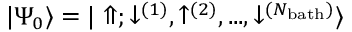
{ | \Psi _ { 0 } \rangle } = { | \Uparrow ; \downarrow ^ { ( 1 ) } , \uparrow ^ { ( 2 ) } , . . . , \downarrow ^ { ( N _ { \mathrm { b a t h } } ) } \rangle }